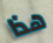
هذا